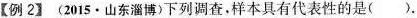
【例2】(2015·山东淄博〉下列调查，样本具有代表性的是( ).